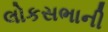
લોકસભાની